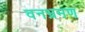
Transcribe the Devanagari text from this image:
वनभ्रमण